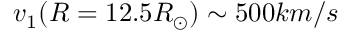
v _ { 1 } ( R = 1 2 . 5 R _ { \odot } ) \sim 5 0 0 k m / s